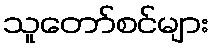
သူတော်စင်များ